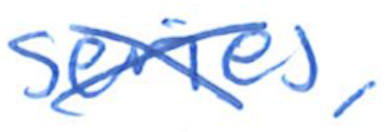
Text: series,
Cross-out: mix
Writing tool: ballpoint